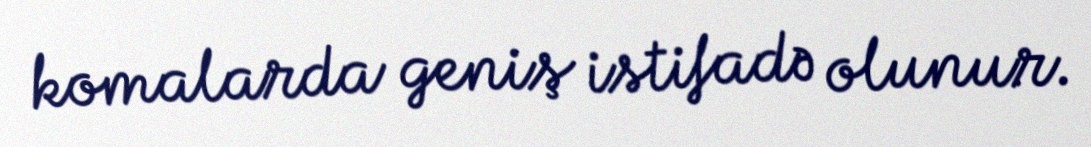
komalarda geniş istifadə olunur.